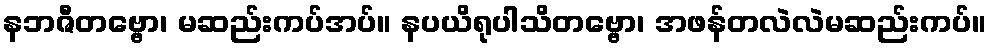
နဘဇီတဗ္ဗော၊ မဆည်းကပ်အပ်။ နပယိရုပါသိတဗ္ဗော၊ အဖန်တလဲလဲမဆည်းကပ်။